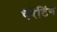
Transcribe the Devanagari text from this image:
पैरेंटिंग